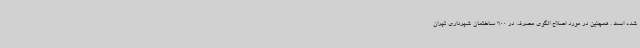
شده است . همچنین در مورد اصلاح الگوی مصرف در 600 ساختمان شهرداری تهران